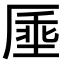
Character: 𫨔